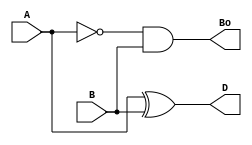
module half_subtractor(
  input A,
  input B,
  output D,
  output Bo
);
  assign D = A ^ B; 
  assign Bo = (~A) & B; 
endmodule